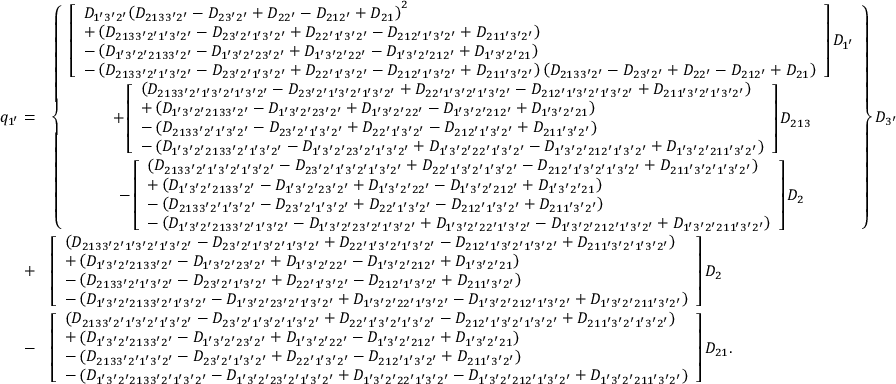
\begin{array} { r l } { q _ { 1 ^ { \prime } } = } & { \left\{ \begin{array} { c } { \left[ \begin{array} { l } { { D _ { 1 ^ { \prime } 3 ^ { \prime } 2 ^ { \prime } } } { \left( { { D _ { 2 1 3 3 ^ { \prime } 2 ^ { \prime } } } - { D _ { 2 3 ^ { \prime } 2 ^ { \prime } } } + { D _ { 2 2 ^ { \prime } } } - { D _ { 2 1 2 ^ { \prime } } } + { D _ { 2 1 } } } \right) ^ { 2 } } } \\ { + \left( { { D _ { 2 1 3 3 ^ { \prime } 2 ^ { \prime } 1 ^ { \prime } 3 ^ { \prime } 2 ^ { \prime } } } - { D _ { 2 3 ^ { \prime } 2 ^ { \prime } 1 ^ { \prime } 3 ^ { \prime } 2 ^ { \prime } } } + { D _ { 2 2 ^ { \prime } 1 ^ { \prime } 3 ^ { \prime } 2 ^ { \prime } } } - { D _ { 2 1 2 ^ { \prime } 1 ^ { \prime } 3 ^ { \prime } 2 ^ { \prime } } } + { D _ { 2 1 1 ^ { \prime } 3 ^ { \prime } 2 ^ { \prime } } } } \right) } \\ { - \left( { { D _ { 1 ^ { \prime } 3 ^ { \prime } 2 ^ { \prime } 2 1 3 3 ^ { \prime } 2 ^ { \prime } } } - { D _ { 1 ^ { \prime } 3 ^ { \prime } 2 ^ { \prime } 2 3 ^ { \prime } 2 ^ { \prime } } } + { D _ { 1 ^ { \prime } 3 ^ { \prime } 2 ^ { \prime } 2 2 ^ { \prime } } } - { D _ { 1 ^ { \prime } 3 ^ { \prime } 2 ^ { \prime } 2 1 2 ^ { \prime } } } + { D _ { 1 ^ { \prime } 3 ^ { \prime } 2 ^ { \prime } 2 1 } } } \right) } \\ { - \left( { { D _ { 2 1 3 3 ^ { \prime } 2 ^ { \prime } 1 ^ { \prime } 3 ^ { \prime } 2 ^ { \prime } } } - { D _ { 2 3 ^ { \prime } 2 ^ { \prime } 1 ^ { \prime } 3 ^ { \prime } 2 ^ { \prime } } } + { D _ { 2 2 ^ { \prime } 1 ^ { \prime } 3 ^ { \prime } 2 ^ { \prime } } } - { D _ { 2 1 2 ^ { \prime } 1 ^ { \prime } 3 ^ { \prime } 2 ^ { \prime } } } + { D _ { 2 1 1 ^ { \prime } 3 ^ { \prime } 2 ^ { \prime } } } } \right) \left( { { D _ { 2 1 3 3 ^ { \prime } 2 ^ { \prime } } } - { D _ { 2 3 ^ { \prime } 2 ^ { \prime } } } + { D _ { 2 2 ^ { \prime } } } - { D _ { 2 1 2 ^ { \prime } } } + { D _ { 2 1 } } } \right) } \end{array} \right] { D _ { 1 ^ { \prime } } } } \\ { + \left[ \begin{array} { l } { \left( { { D _ { 2 1 3 3 ^ { \prime } 2 ^ { \prime } 1 ^ { \prime } 3 ^ { \prime } 2 ^ { \prime } 1 ^ { \prime } 3 ^ { \prime } 2 ^ { \prime } } } - { D _ { 2 3 ^ { \prime } 2 ^ { \prime } 1 ^ { \prime } 3 ^ { \prime } 2 ^ { \prime } 1 ^ { \prime } 3 ^ { \prime } 2 ^ { \prime } } } + { D _ { 2 2 ^ { \prime } 1 ^ { \prime } 3 ^ { \prime } 2 ^ { \prime } 1 ^ { \prime } 3 ^ { \prime } 2 ^ { \prime } } } - { D _ { 2 1 2 ^ { \prime } 1 ^ { \prime } 3 ^ { \prime } 2 ^ { \prime } 1 ^ { \prime } 3 ^ { \prime } 2 ^ { \prime } } } + { D _ { 2 1 1 ^ { \prime } 3 ^ { \prime } 2 ^ { \prime } 1 ^ { \prime } 3 ^ { \prime } 2 ^ { \prime } } } } \right) } \\ { + \left( { { D _ { 1 ^ { \prime } 3 ^ { \prime } 2 ^ { \prime } 2 1 3 3 ^ { \prime } 2 ^ { \prime } } } - { D _ { 1 ^ { \prime } 3 ^ { \prime } 2 ^ { \prime } 2 3 ^ { \prime } 2 ^ { \prime } } } + { D _ { 1 ^ { \prime } 3 ^ { \prime } 2 ^ { \prime } 2 2 ^ { \prime } } } - { D _ { 1 ^ { \prime } 3 ^ { \prime } 2 ^ { \prime } 2 1 2 ^ { \prime } } } + { D _ { 1 ^ { \prime } 3 ^ { \prime } 2 ^ { \prime } 2 1 } } } \right) } \\ { - \left( { { D _ { 2 1 3 3 ^ { \prime } 2 ^ { \prime } 1 ^ { \prime } 3 ^ { \prime } 2 ^ { \prime } } } - { D _ { 2 3 ^ { \prime } 2 ^ { \prime } 1 ^ { \prime } 3 ^ { \prime } 2 ^ { \prime } } } + { D _ { 2 2 ^ { \prime } 1 ^ { \prime } 3 ^ { \prime } 2 ^ { \prime } } } - { D _ { 2 1 2 ^ { \prime } 1 ^ { \prime } 3 ^ { \prime } 2 ^ { \prime } } } + { D _ { 2 1 1 ^ { \prime } 3 ^ { \prime } 2 ^ { \prime } } } } \right) } \\ { - \left( { { D _ { 1 ^ { \prime } 3 ^ { \prime } 2 ^ { \prime } 2 1 3 3 ^ { \prime } 2 ^ { \prime } 1 ^ { \prime } 3 ^ { \prime } 2 ^ { \prime } } } - { D _ { 1 ^ { \prime } 3 ^ { \prime } 2 ^ { \prime } 2 3 ^ { \prime } 2 ^ { \prime } 1 ^ { \prime } 3 ^ { \prime } 2 ^ { \prime } } } + { D _ { 1 ^ { \prime } 3 ^ { \prime } 2 ^ { \prime } 2 2 ^ { \prime } 1 ^ { \prime } 3 ^ { \prime } 2 ^ { \prime } } } - { D _ { 1 ^ { \prime } 3 ^ { \prime } 2 ^ { \prime } 2 1 2 ^ { \prime } 1 ^ { \prime } 3 ^ { \prime } 2 ^ { \prime } } } + { D _ { 1 ^ { \prime } 3 ^ { \prime } 2 ^ { \prime } 2 1 1 ^ { \prime } 3 ^ { \prime } 2 ^ { \prime } } } } \right) } \end{array} \right] { D _ { 2 1 3 } } } \\ { - \left[ \begin{array} { l } { \left( { { D _ { 2 1 3 3 ^ { \prime } 2 ^ { \prime } 1 ^ { \prime } 3 ^ { \prime } 2 ^ { \prime } 1 ^ { \prime } 3 ^ { \prime } 2 ^ { \prime } } } - { D _ { 2 3 ^ { \prime } 2 ^ { \prime } 1 ^ { \prime } 3 ^ { \prime } 2 ^ { \prime } 1 ^ { \prime } 3 ^ { \prime } 2 ^ { \prime } } } + { D _ { 2 2 ^ { \prime } 1 ^ { \prime } 3 ^ { \prime } 2 ^ { \prime } 1 ^ { \prime } 3 ^ { \prime } 2 ^ { \prime } } } - { D _ { 2 1 2 ^ { \prime } 1 ^ { \prime } 3 ^ { \prime } 2 ^ { \prime } 1 ^ { \prime } 3 ^ { \prime } 2 ^ { \prime } } } + { D _ { 2 1 1 ^ { \prime } 3 ^ { \prime } 2 ^ { \prime } 1 ^ { \prime } 3 ^ { \prime } 2 ^ { \prime } } } } \right) } \\ { + \left( { { D _ { 1 ^ { \prime } 3 ^ { \prime } 2 ^ { \prime } 2 1 3 3 ^ { \prime } 2 ^ { \prime } } } - { D _ { 1 ^ { \prime } 3 ^ { \prime } 2 ^ { \prime } 2 3 ^ { \prime } 2 ^ { \prime } } } + { D _ { 1 ^ { \prime } 3 ^ { \prime } 2 ^ { \prime } 2 2 ^ { \prime } } } - { D _ { 1 ^ { \prime } 3 ^ { \prime } 2 ^ { \prime } 2 1 2 ^ { \prime } } } + { D _ { 1 ^ { \prime } 3 ^ { \prime } 2 ^ { \prime } 2 1 } } } \right) } \\ { - \left( { { D _ { 2 1 3 3 ^ { \prime } 2 ^ { \prime } 1 ^ { \prime } 3 ^ { \prime } 2 ^ { \prime } } } - { D _ { 2 3 ^ { \prime } 2 ^ { \prime } 1 ^ { \prime } 3 ^ { \prime } 2 ^ { \prime } } } + { D _ { 2 2 ^ { \prime } 1 ^ { \prime } 3 ^ { \prime } 2 ^ { \prime } } } - { D _ { 2 1 2 ^ { \prime } 1 ^ { \prime } 3 ^ { \prime } 2 ^ { \prime } } } + { D _ { 2 1 1 ^ { \prime } 3 ^ { \prime } 2 ^ { \prime } } } } \right) } \\ { - \left( { { D _ { 1 ^ { \prime } 3 ^ { \prime } 2 ^ { \prime } 2 1 3 3 ^ { \prime } 2 ^ { \prime } 1 ^ { \prime } 3 ^ { \prime } 2 ^ { \prime } } } - { D _ { 1 ^ { \prime } 3 ^ { \prime } 2 ^ { \prime } 2 3 ^ { \prime } 2 ^ { \prime } 1 ^ { \prime } 3 ^ { \prime } 2 ^ { \prime } } } + { D _ { 1 ^ { \prime } 3 ^ { \prime } 2 ^ { \prime } 2 2 ^ { \prime } 1 ^ { \prime } 3 ^ { \prime } 2 ^ { \prime } } } - { D _ { 1 ^ { \prime } 3 ^ { \prime } 2 ^ { \prime } 2 1 2 ^ { \prime } 1 ^ { \prime } 3 ^ { \prime } 2 ^ { \prime } } } + { D _ { 1 ^ { \prime } 3 ^ { \prime } 2 ^ { \prime } 2 1 1 ^ { \prime } 3 ^ { \prime } 2 ^ { \prime } } } } \right) } \end{array} \right] { D _ { 2 } } } \end{array} \right\} { D _ { 3 ^ { \prime } } } } \\ { + } & { \left[ \begin{array} { l } { \left( { { D _ { 2 1 3 3 ^ { \prime } 2 ^ { \prime } 1 ^ { \prime } 3 ^ { \prime } 2 ^ { \prime } 1 ^ { \prime } 3 ^ { \prime } 2 ^ { \prime } } } - { D _ { 2 3 ^ { \prime } 2 ^ { \prime } 1 ^ { \prime } 3 ^ { \prime } 2 ^ { \prime } 1 ^ { \prime } 3 ^ { \prime } 2 ^ { \prime } } } + { D _ { 2 2 ^ { \prime } 1 ^ { \prime } 3 ^ { \prime } 2 ^ { \prime } 1 ^ { \prime } 3 ^ { \prime } 2 ^ { \prime } } } - { D _ { 2 1 2 ^ { \prime } 1 ^ { \prime } 3 ^ { \prime } 2 ^ { \prime } 1 ^ { \prime } 3 ^ { \prime } 2 ^ { \prime } } } + { D _ { 2 1 1 ^ { \prime } 3 ^ { \prime } 2 ^ { \prime } 1 ^ { \prime } 3 ^ { \prime } 2 ^ { \prime } } } } \right) } \\ { + \left( { { D _ { 1 ^ { \prime } 3 ^ { \prime } 2 ^ { \prime } 2 1 3 3 ^ { \prime } 2 ^ { \prime } } } - { D _ { 1 ^ { \prime } 3 ^ { \prime } 2 ^ { \prime } 2 3 ^ { \prime } 2 ^ { \prime } } } + { D _ { 1 ^ { \prime } 3 ^ { \prime } 2 ^ { \prime } 2 2 ^ { \prime } } } - { D _ { 1 ^ { \prime } 3 ^ { \prime } 2 ^ { \prime } 2 1 2 ^ { \prime } } } + { D _ { 1 ^ { \prime } 3 ^ { \prime } 2 ^ { \prime } 2 1 } } } \right) } \\ { - \left( { { D _ { 2 1 3 3 ^ { \prime } 2 ^ { \prime } 1 ^ { \prime } 3 ^ { \prime } 2 ^ { \prime } } } - { D _ { 2 3 ^ { \prime } 2 ^ { \prime } 1 ^ { \prime } 3 ^ { \prime } 2 ^ { \prime } } } + { D _ { 2 2 ^ { \prime } 1 ^ { \prime } 3 ^ { \prime } 2 ^ { \prime } } } - { D _ { 2 1 2 ^ { \prime } 1 ^ { \prime } 3 ^ { \prime } 2 ^ { \prime } } } + { D _ { 2 1 1 ^ { \prime } 3 ^ { \prime } 2 ^ { \prime } } } } \right) } \\ { - \left( { { D _ { 1 ^ { \prime } 3 ^ { \prime } 2 ^ { \prime } 2 1 3 3 ^ { \prime } 2 ^ { \prime } 1 ^ { \prime } 3 ^ { \prime } 2 ^ { \prime } } } - { D _ { 1 ^ { \prime } 3 ^ { \prime } 2 ^ { \prime } 2 3 ^ { \prime } 2 ^ { \prime } 1 ^ { \prime } 3 ^ { \prime } 2 ^ { \prime } } } + { D _ { 1 ^ { \prime } 3 ^ { \prime } 2 ^ { \prime } 2 2 ^ { \prime } 1 ^ { \prime } 3 ^ { \prime } 2 ^ { \prime } } } - { D _ { 1 ^ { \prime } 3 ^ { \prime } 2 ^ { \prime } 2 1 2 ^ { \prime } 1 ^ { \prime } 3 ^ { \prime } 2 ^ { \prime } } } + { D _ { 1 ^ { \prime } 3 ^ { \prime } 2 ^ { \prime } 2 1 1 ^ { \prime } 3 ^ { \prime } 2 ^ { \prime } } } } \right) } \end{array} \right] { D _ { 2 } } } \\ { - } & { \left[ \begin{array} { l } { \left( { { D _ { 2 1 3 3 ^ { \prime } 2 ^ { \prime } 1 ^ { \prime } 3 ^ { \prime } 2 ^ { \prime } 1 ^ { \prime } 3 ^ { \prime } 2 ^ { \prime } } } - { D _ { 2 3 ^ { \prime } 2 ^ { \prime } 1 ^ { \prime } 3 ^ { \prime } 2 ^ { \prime } 1 ^ { \prime } 3 ^ { \prime } 2 ^ { \prime } } } + { D _ { 2 2 ^ { \prime } 1 ^ { \prime } 3 ^ { \prime } 2 ^ { \prime } 1 ^ { \prime } 3 ^ { \prime } 2 ^ { \prime } } } - { D _ { 2 1 2 ^ { \prime } 1 ^ { \prime } 3 ^ { \prime } 2 ^ { \prime } 1 ^ { \prime } 3 ^ { \prime } 2 ^ { \prime } } } + { D _ { 2 1 1 ^ { \prime } 3 ^ { \prime } 2 ^ { \prime } 1 ^ { \prime } 3 ^ { \prime } 2 ^ { \prime } } } } \right) } \\ { + \left( { { D _ { 1 ^ { \prime } 3 ^ { \prime } 2 ^ { \prime } 2 1 3 3 ^ { \prime } 2 ^ { \prime } } } - { D _ { 1 ^ { \prime } 3 ^ { \prime } 2 ^ { \prime } 2 3 ^ { \prime } 2 ^ { \prime } } } + { D _ { 1 ^ { \prime } 3 ^ { \prime } 2 ^ { \prime } 2 2 ^ { \prime } } } - { D _ { 1 ^ { \prime } 3 ^ { \prime } 2 ^ { \prime } 2 1 2 ^ { \prime } } } + { D _ { 1 ^ { \prime } 3 ^ { \prime } 2 ^ { \prime } 2 1 } } } \right) } \\ { - \left( { { D _ { 2 1 3 3 ^ { \prime } 2 ^ { \prime } 1 ^ { \prime } 3 ^ { \prime } 2 ^ { \prime } } } - { D _ { 2 3 ^ { \prime } 2 ^ { \prime } 1 ^ { \prime } 3 ^ { \prime } 2 ^ { \prime } } } + { D _ { 2 2 ^ { \prime } 1 ^ { \prime } 3 ^ { \prime } 2 ^ { \prime } } } - { D _ { 2 1 2 ^ { \prime } 1 ^ { \prime } 3 ^ { \prime } 2 ^ { \prime } } } + { D _ { 2 1 1 ^ { \prime } 3 ^ { \prime } 2 ^ { \prime } } } } \right) } \\ { - \left( { { D _ { 1 ^ { \prime } 3 ^ { \prime } 2 ^ { \prime } 2 1 3 3 ^ { \prime } 2 ^ { \prime } 1 ^ { \prime } 3 ^ { \prime } 2 ^ { \prime } } } - { D _ { 1 ^ { \prime } 3 ^ { \prime } 2 ^ { \prime } 2 3 ^ { \prime } 2 ^ { \prime } 1 ^ { \prime } 3 ^ { \prime } 2 ^ { \prime } } } + { D _ { 1 ^ { \prime } 3 ^ { \prime } 2 ^ { \prime } 2 2 ^ { \prime } 1 ^ { \prime } 3 ^ { \prime } 2 ^ { \prime } } } - { D _ { 1 ^ { \prime } 3 ^ { \prime } 2 ^ { \prime } 2 1 2 ^ { \prime } 1 ^ { \prime } 3 ^ { \prime } 2 ^ { \prime } } } + { D _ { 1 ^ { \prime } 3 ^ { \prime } 2 ^ { \prime } 2 1 1 ^ { \prime } 3 ^ { \prime } 2 ^ { \prime } } } } \right) } \end{array} \right] { D _ { 2 1 } } . } \end{array}